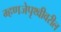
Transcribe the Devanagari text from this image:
म्हणजेपृथ्वीवरील